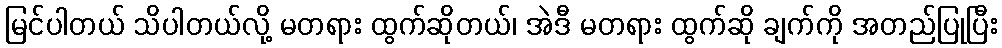
မြင်ပါတယ် သိပါတယ်လို့ မတရား ထွက်ဆိုတယ်၊ အဲဒီ မတရား ထွက်ဆို ချက်ကို အတည်ပြုပြီး